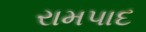
રામપાદ